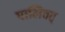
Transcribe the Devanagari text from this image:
पालिवत्‌